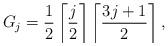
LaTeX: \begin{align*}G_j = \frac{1}{2} \left\lceil \frac{j}{2} \right\rceil \left\lceil \frac{3j+1}{2} \right\rceil, \end{align*}